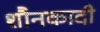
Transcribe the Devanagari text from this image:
शौनकादी